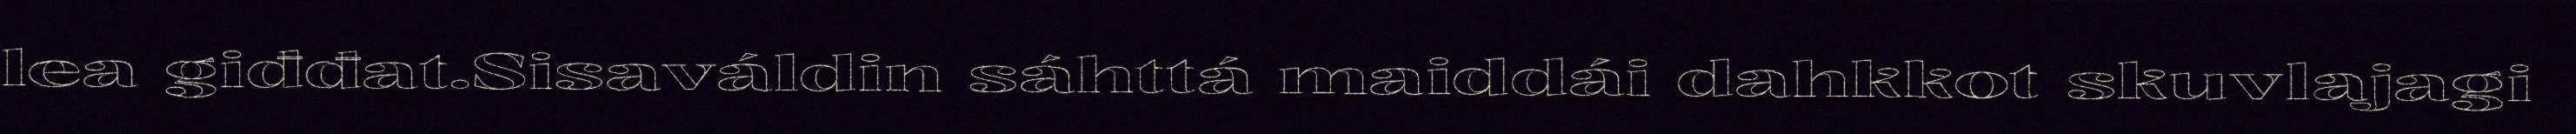
lea giđđat.Sisaváldin sáhttá maiddái dahkkot skuvlajagi